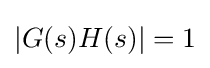
|G(s)H(s)|=1